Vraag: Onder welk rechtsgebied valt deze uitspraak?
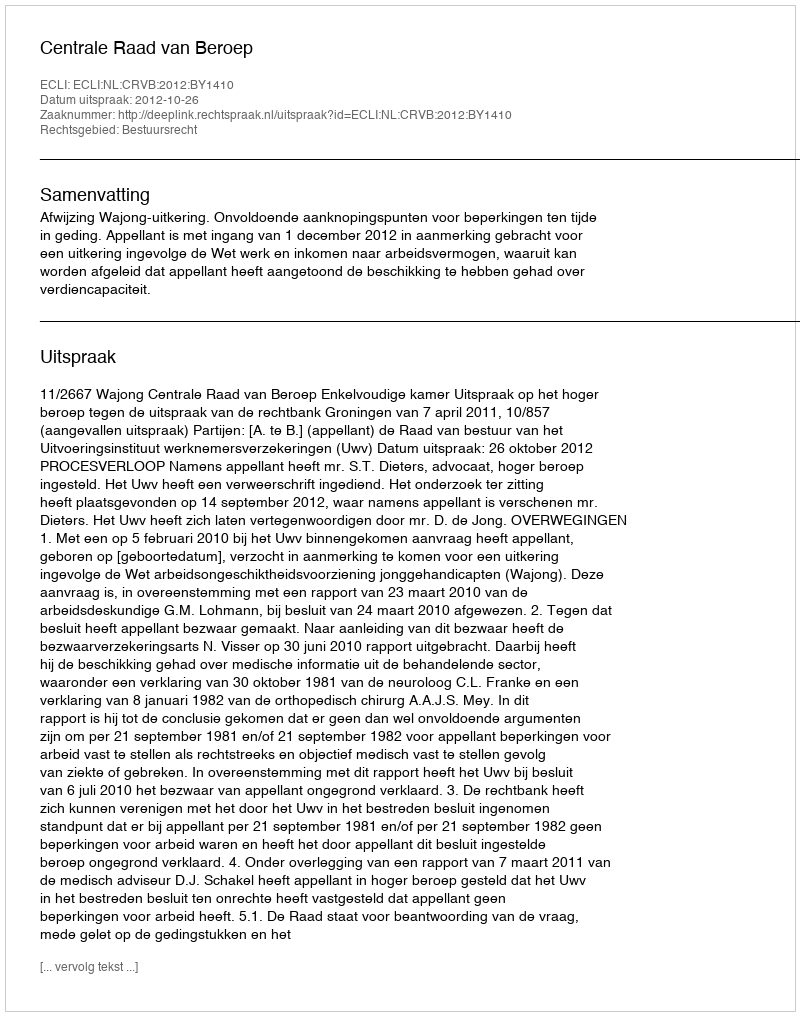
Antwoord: Bestuursrecht